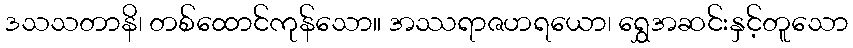
ဒသသတာနိ၊ တစ်ထောင်ကုန်သော။ အဿရာဇဟရယော၊ ရွှေအဆင်းနှင့်တူသော